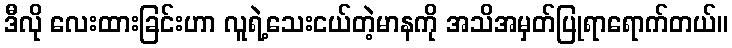
ဒီလို လေးထားခြင်းဟာ လူရဲ့သေးငယ်တဲ့မာနကို အသိအမှတ်ပြုရာရောက်တယ်။